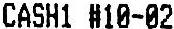
CASH1 #10-02